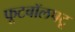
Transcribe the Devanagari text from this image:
फूटबॉलपटू